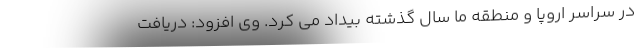
در سراسر اروپا و منطقه ما سال گذشته بیداد می کرد. وی افزود: دریافت